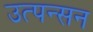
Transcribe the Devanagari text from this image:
उत्पन्सन